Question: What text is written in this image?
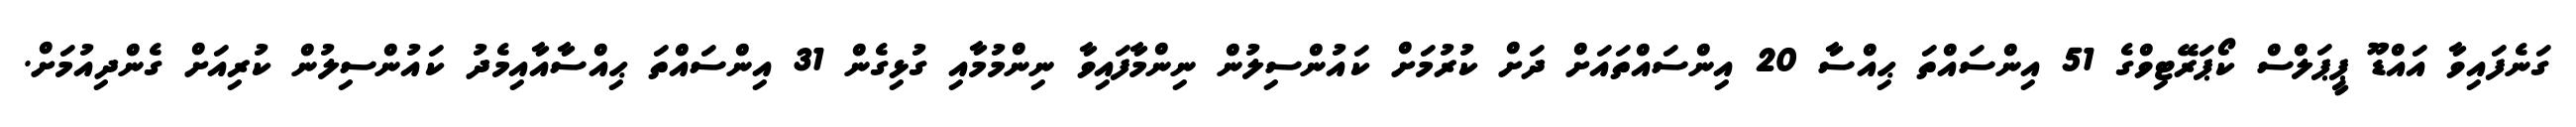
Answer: ގަނެފައިވާ އައްޑޫ ޕީޕަލްސް ކޯޕަރޭޓިވްގެ 51 އިންސައްތަ ޙިއްސާ 20 އިންސައްތައަށް ދަށް ކުރުމަށް ކައުންސިލުން ނިންމާފައިވާ ނިންމުމާއި ގުޅިގެން 31 އިންސައްތަ ޙިއްސާއާއިމެދު ކައުންސިލުން ކުރިއަށް ގެންދިއުމަށް.